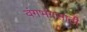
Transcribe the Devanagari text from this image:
वंगभंगसाठी